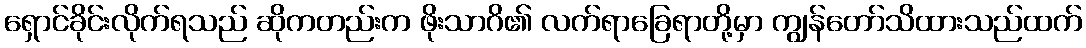
ရှောင်ခိုင်းလိုက်ရသည် ဆိုကတည်းက ဖိုးသာဂိ၏ လက်ရာခြေရာတို့မှာ ကျွန်တော်သိထားသည်ထက်